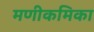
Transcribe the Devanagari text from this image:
मणीकमिका